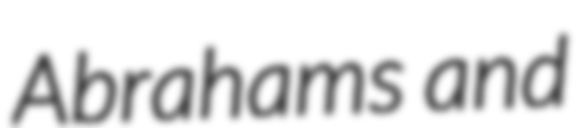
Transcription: Abrahams and